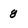
Character: 8